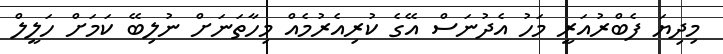
މިދިޔަ ފެބްރުއަރީ މަހު އެދުނަސް އޭގެ ކުރިއެރުމެއް މިހާތަނަށް ނުލިބޭ ކަމަށް ހަލީލް